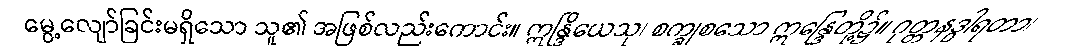
မွေ့လျော်ခြင်းမရှိသော သူ၏ အဖြစ်လည်းကောင်း။ ဣန္ဒြိယေသု၊ စက္ခုစသော ဣန္ဒြေတို့၌။ ဂုတ္တနဒွါရတာ၊